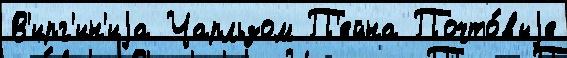
В'ирг'ин'иjа Чарльзом П'ейна Почто́выjе